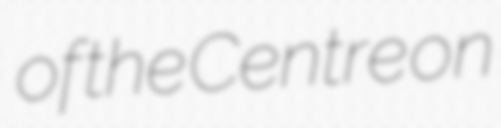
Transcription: of the Centre on